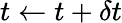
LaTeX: t\leftarrow t+\delta t